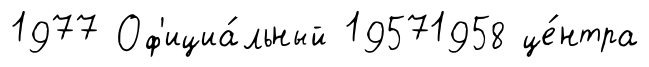
1977 Оф'ициа́льный 19571958 це́нтра